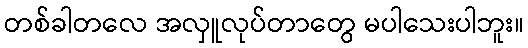
တစ်ခါတလေ အလှူလုပ်တာတွေ မပါသေးပါဘူး။